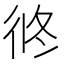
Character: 㣠